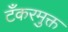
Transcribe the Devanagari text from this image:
टँकरमुक्त